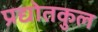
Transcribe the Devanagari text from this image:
प्रद्योतकुल